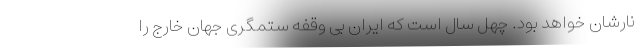
نارشان خواهد بود. چهل سال است که ایران بی وقفه ستمگری جهان خارج را